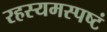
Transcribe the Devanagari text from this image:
रहस्यमस्पष्टं